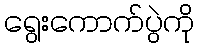
ရွေးကောက်ပွဲကို